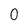
Character: 0